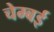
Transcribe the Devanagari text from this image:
चेम्बई